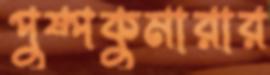
পুষ্পকুমারার